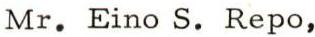
Mr. Eino S. Repo,